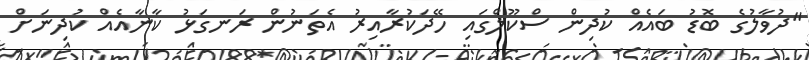
"ދުވާލުގެ ބޮޑު ބައެއް ކުދިން ސްކޫލްގައި ހޭދަކުރާއިރު އެތަނުން ރަނގަޅު ކާނާއެއް ކުދިނަށް